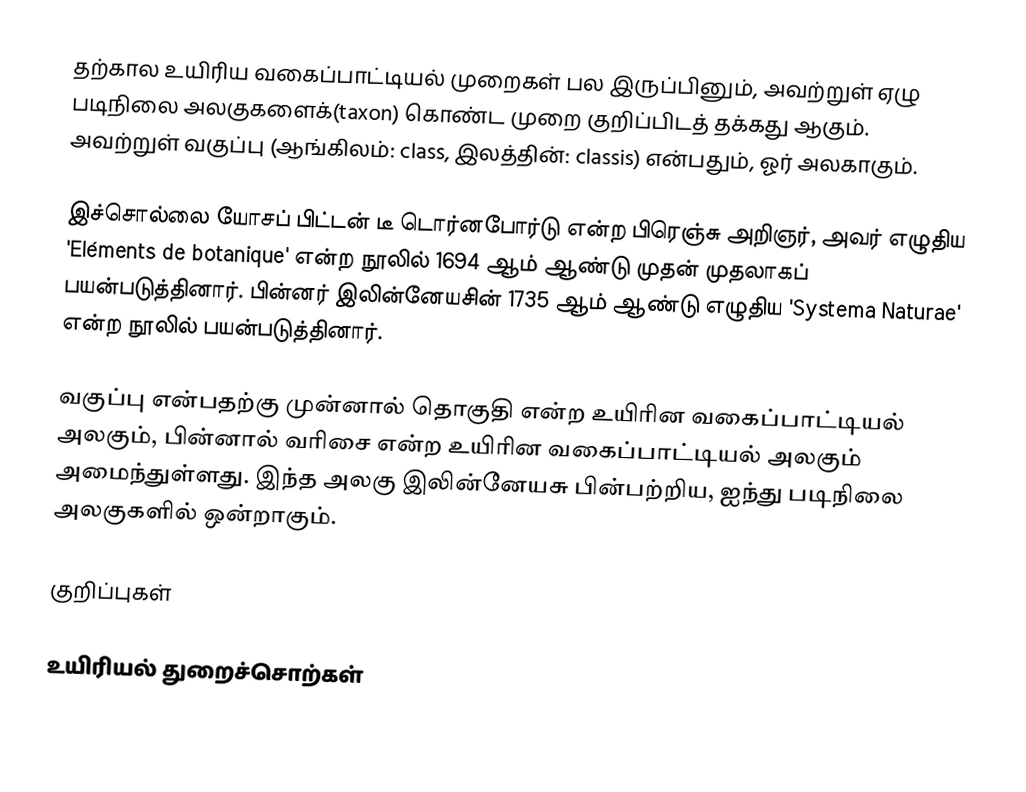
தற்கால உயிரிய வகைப்பாட்டியல் முறைகள் பல இருப்பினும், அவற்றுள் ஏழு படிநிலை அலகுகளைக்(taxon) கொண்ட முறை குறிப்பிடத் தக்கது ஆகும். அவற்றுள் வகுப்பு (ஆங்கிலம்: class, இலத்தின்: classis) என்பதும், ஓர் அலகாகும்.

இச்சொல்லை யோசப் பிட்டன் டீ டொர்னபோர்டு என்ற பிரெஞ்சு அறிஞர், அவர் எழுதிய 'Eléments de botanique' என்ற நூலில் 1694 ஆம் ஆண்டு முதன் முதலாகப் பயன்படுத்தினார். பின்னர் இலின்னேயசின் 1735 ஆம் ஆண்டு எழுதிய 'Systema Naturae' என்ற நூலில் பயன்படுத்தினார்.

வகுப்பு என்பதற்கு முன்னால் தொகுதி என்ற உயிரின வகைப்பாட்டியல் அலகும், பின்னால் வரிசை என்ற உயிரின வகைப்பாட்டியல் அலகும் அமைந்துள்ளது. இந்த அலகு இலின்னேயசு பின்பற்றிய, ஐந்து படிநிலை அலகுகளில் ஒன்றாகும்.

குறிப்புகள்

உயிரியல் துறைச்சொற்கள்